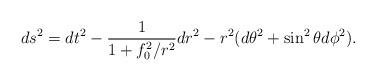
LaTeX: \begin{align*}ds^2 = dt^2 - \frac{1}{1+ f_0^2 / r^2} dr^2 - r^2(d \theta^2 + \sin^2 \theta d \phi^2 ) .\end{align*}